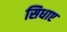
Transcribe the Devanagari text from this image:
सिधाए